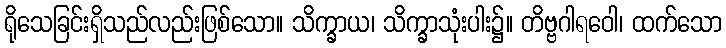
ရိုသေခြင်းရှိသည်လည်းဖြစ်သော။ သိက္ခာယ၊ သိက္ခာသုံးပါး၌။ တိဗ္ဗဂါရဝေါ၊ ထက်သော